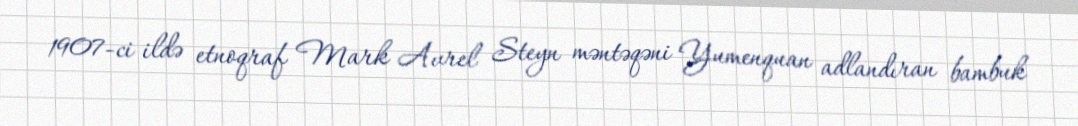
1907-ci ildə etnoqraf Mark Avrel Steyn məntəqəni Yumenquan adlandıran bambuk